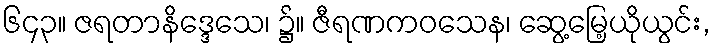
၆၄၃။ ဇရတာနိဒ္ဒေသေ၊ ၌။ ဇီရဏကဝသေန၊ ဆွေ့မြေ့ယိုယွင်း,